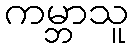
ကမ္ဘာသူ